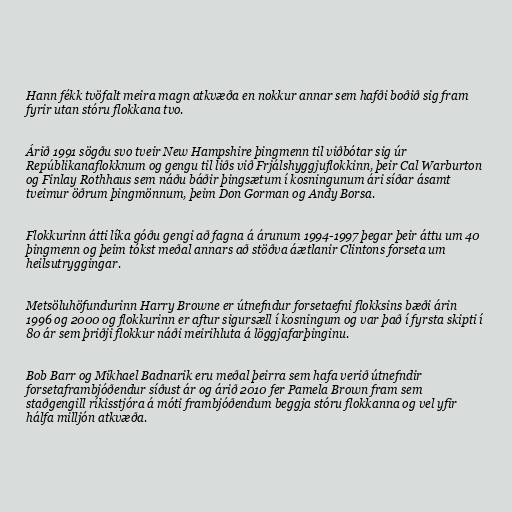
Hann fékk tvöfalt meira magn atkvæða en nokkur annar sem hafði boðið sig fram
fyrir utan stóru flokkana tvo.

Árið 1991 sögðu svo tveir New Hampshire þingmenn til viðbótar sig úr
Repúblikanaflokknum og gengu til liðs við Frjálshyggjuflokkinn, þeir Cal Warburton
og Finlay Rothhaus sem náðu báðir þingsætum í kosningunum ári síðar ásamt
tveimur öðrum þingmönnum, þeim Don Gorman og Andy Borsa.

Flokkurinn átti líka góðu gengi að fagna á árunum 1994-1997 þegar þeir áttu um 40
þingmenn og þeim tókst meðal annars að stöðva áætlanir Clintons forseta um
heilsutryggingar.

Metsöluhöfundurinn Harry Browne er útnefndur forsetaefni flokksins bæði árin
1996 og 2000 og flokkurinn er aftur sigursæll í kosningum og var það í fyrsta skipti í
80 ár sem þriðji flokkur náði meirihluta á löggjafarþinginu.

Bob Barr og Mikhael Badnarik eru meðal þeirra sem hafa verið útnefndir
forsetaframbjóðendur síðust ár og árið 2010 fer Pamela Brown fram sem
staðgengill ríkisstjóra á móti frambjóðendum beggja stóru flokkanna og vel yfir
hálfa milljón atkvæða.